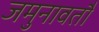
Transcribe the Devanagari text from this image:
जमुनावतौ